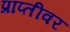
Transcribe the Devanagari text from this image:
प्राप्तीवर